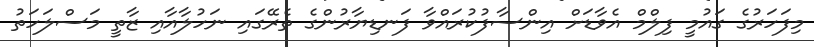
މިފަހަރުގެ ގައުމީ ފިލްމް އެވާޑަށް އިންސާފުކުރައްވާ ފަނޑިޔާރުންގެ ތެރޭގައި ނަހުލާއާއި ޒާތީ މަސްލަހަތު